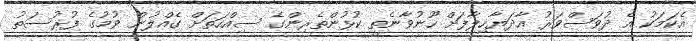
އެކަމަކު އެ ދުވަސްވަރު އާދަޔާހިލާފަށް ހޫނުވާނެތީ ކުޅުންތެރިންގެ ސިއްހަތަށް ގެެއްލުން ވުމުގެ ފުރުސަތު